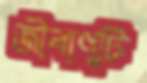
জীবাণুটি